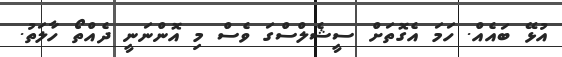
އުޅޭ ބައެއް. ހަމަ އެގޮތަށް ސީޝެލްސްގަ ވެސް މި އޮންނަނީ ދެއްތޯ ހާލަތު.